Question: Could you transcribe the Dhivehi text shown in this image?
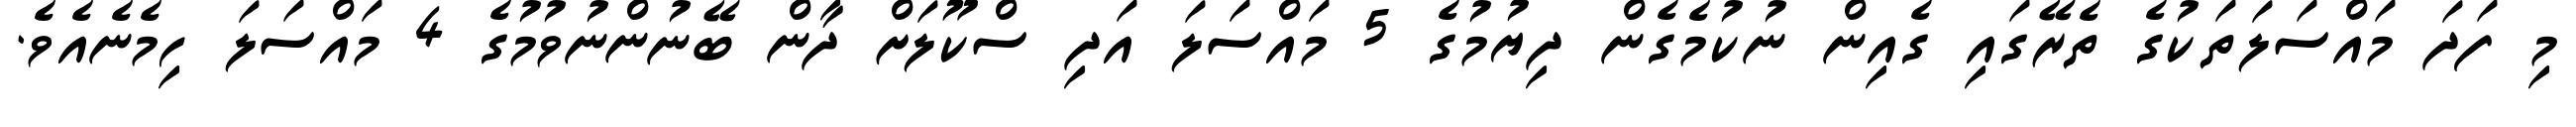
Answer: މި ފަދަ މައްސަލަތަކުގެ ތެރޭގައި ގެއިން ނުކުމެގެން ދިޔުމުގެ 5 މައްސަލަ އަދި ސްކޫލަށް ދާން ބޭނުންނުވުމުގެ 4 މައްސަލަ ހިމެނެއެވެ.